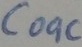
Text: C09C